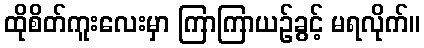
ထိုစိတ်ကူးလေးမှာ ကြာကြာယဉ်ခွင့် မရလိုက်။